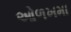
ઓળખમા